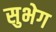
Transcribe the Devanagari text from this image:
सुभेग